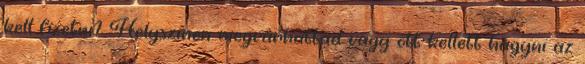
kell fizetni? Helyszínen megvárhattad vagy ott kellett hagyni az